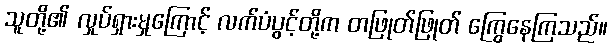
သူတို့၏ လှုပ်ရှားမှုကြောင့် လက်ပံပွင့်တို့က တဖြုတ်ဖြုတ် ကြွေနေကြသည်။